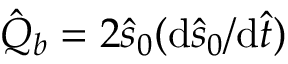
\hat { Q } _ { b } = 2 \hat { s } _ { 0 } ( \mathrm { d } \hat { s } _ { 0 } / \mathrm { d } \hat { t } )